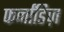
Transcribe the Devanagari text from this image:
फर्नांडिज़